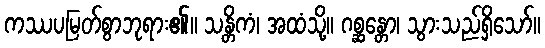
ကဿပမြတ်စွာဘုရား၏။ သန္တိကံ၊ အထံသို့။ ဂစ္ဆန္တော၊ သွားသည်ရှိသော်။